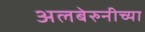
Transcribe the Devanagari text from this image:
अलबेरुनीच्या